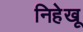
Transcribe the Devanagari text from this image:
निहेखू